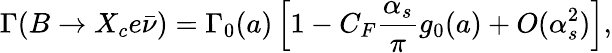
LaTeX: \Gamma(B\to X_{c}e\bar{\nu})=\Gamma_{0}(a)\left[1-C_{F}\frac{\alpha_{s}}{\pi}g_{0}(a)+O(\alpha_{s}^{2})\right],